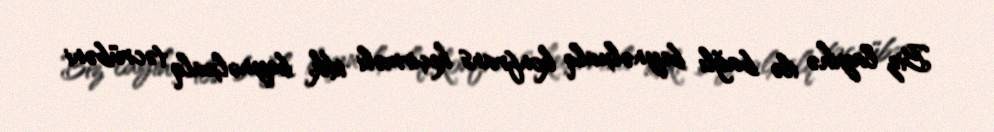
Biz layihə ilə bağlı beynəlxalq konfrans keçirməli idik, beynəlxalq təcrübəni